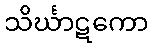
သိင်္ဃာဋကော